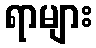
ရာများ